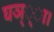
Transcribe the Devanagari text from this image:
घञ््‌ा।